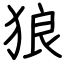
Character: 狼